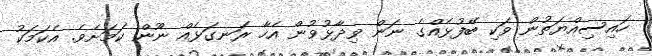
ހައިސިއްޔަތުން ވަކި ބޭފުޅެއްގެ ނަން ވިދާޅުވުން އެހާ ރަނގަޅެއް ނޫން ކަމަށެވެ. އެކަމަކު